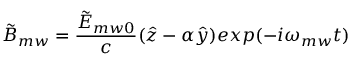
{ \tilde { B } _ { m w } } = \frac { \tilde { E } _ { m w 0 } } { c } ( \hat { z } - \alpha \hat { y } ) e x p ( - i \omega _ { m w } t )